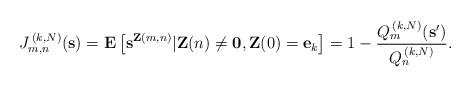
LaTeX: \begin{align*}J_{m,n}^{\,(k,N)}(\mathbf{s})=\mathbf{E}\left[ \mathbf{s}^{\mathbf{Z}(m,n)}|\mathbf{Z}(n)\neq \mathbf{0},\mathbf{Z}(0)=\mathbf{e}_{k}\right] =1-\frac{Q_{m}^{\,(k,N)}(\mathbf{s}^{\prime })}{Q_{n}^{\,(k,N)}}. \end{align*}